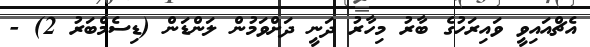
އެޗްއައިވީ ވައިރަހުގެ ބާރު މިހާރު ދަނީ ދަށްވަމުން ލަންޑަން (ޑިސެމްބަރު 2) -